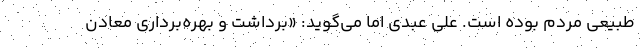
طبیعی مردم بوده است. علی عبدی اما می‌گوید: «برداشت و بهره‌برداری معادن